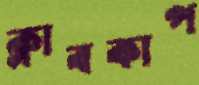
ক্লাবকাপ